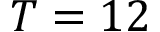
T = 1 2